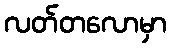
လတ်တလောမှာ